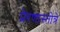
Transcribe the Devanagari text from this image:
प्रेरणास्तोत्रे